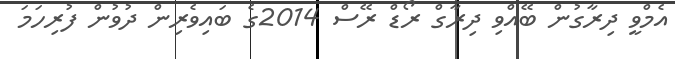
އެމްވީ ދިރާގުން ބޭއްވި ދިރާގް ރޯޑް ރޭސް 2014ގެ ބައިވެރިން ދުވުން ފުރިހަމަ